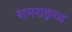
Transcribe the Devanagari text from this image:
समराइच्च